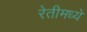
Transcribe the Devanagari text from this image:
रेतीमध्ये